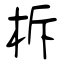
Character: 柝